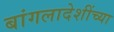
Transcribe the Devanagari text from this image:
बांगलादेशींच्या